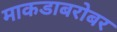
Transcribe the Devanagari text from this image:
माकडाबरोबर